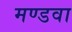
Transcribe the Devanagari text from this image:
मण्डवा